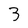
Character: 3